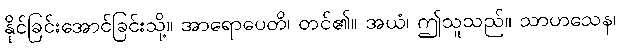
နိုင်ခြင်းအောင်ခြင်းသို့။ အာရောပေတိ၊ တင်၏။ အယံ၊ ဤသူသည်။ သာဟသေန၊